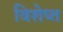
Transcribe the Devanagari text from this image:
विशेष्त